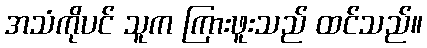
အသံကိုပင် သူက ကြားဖူးသည် ထင်သည်။